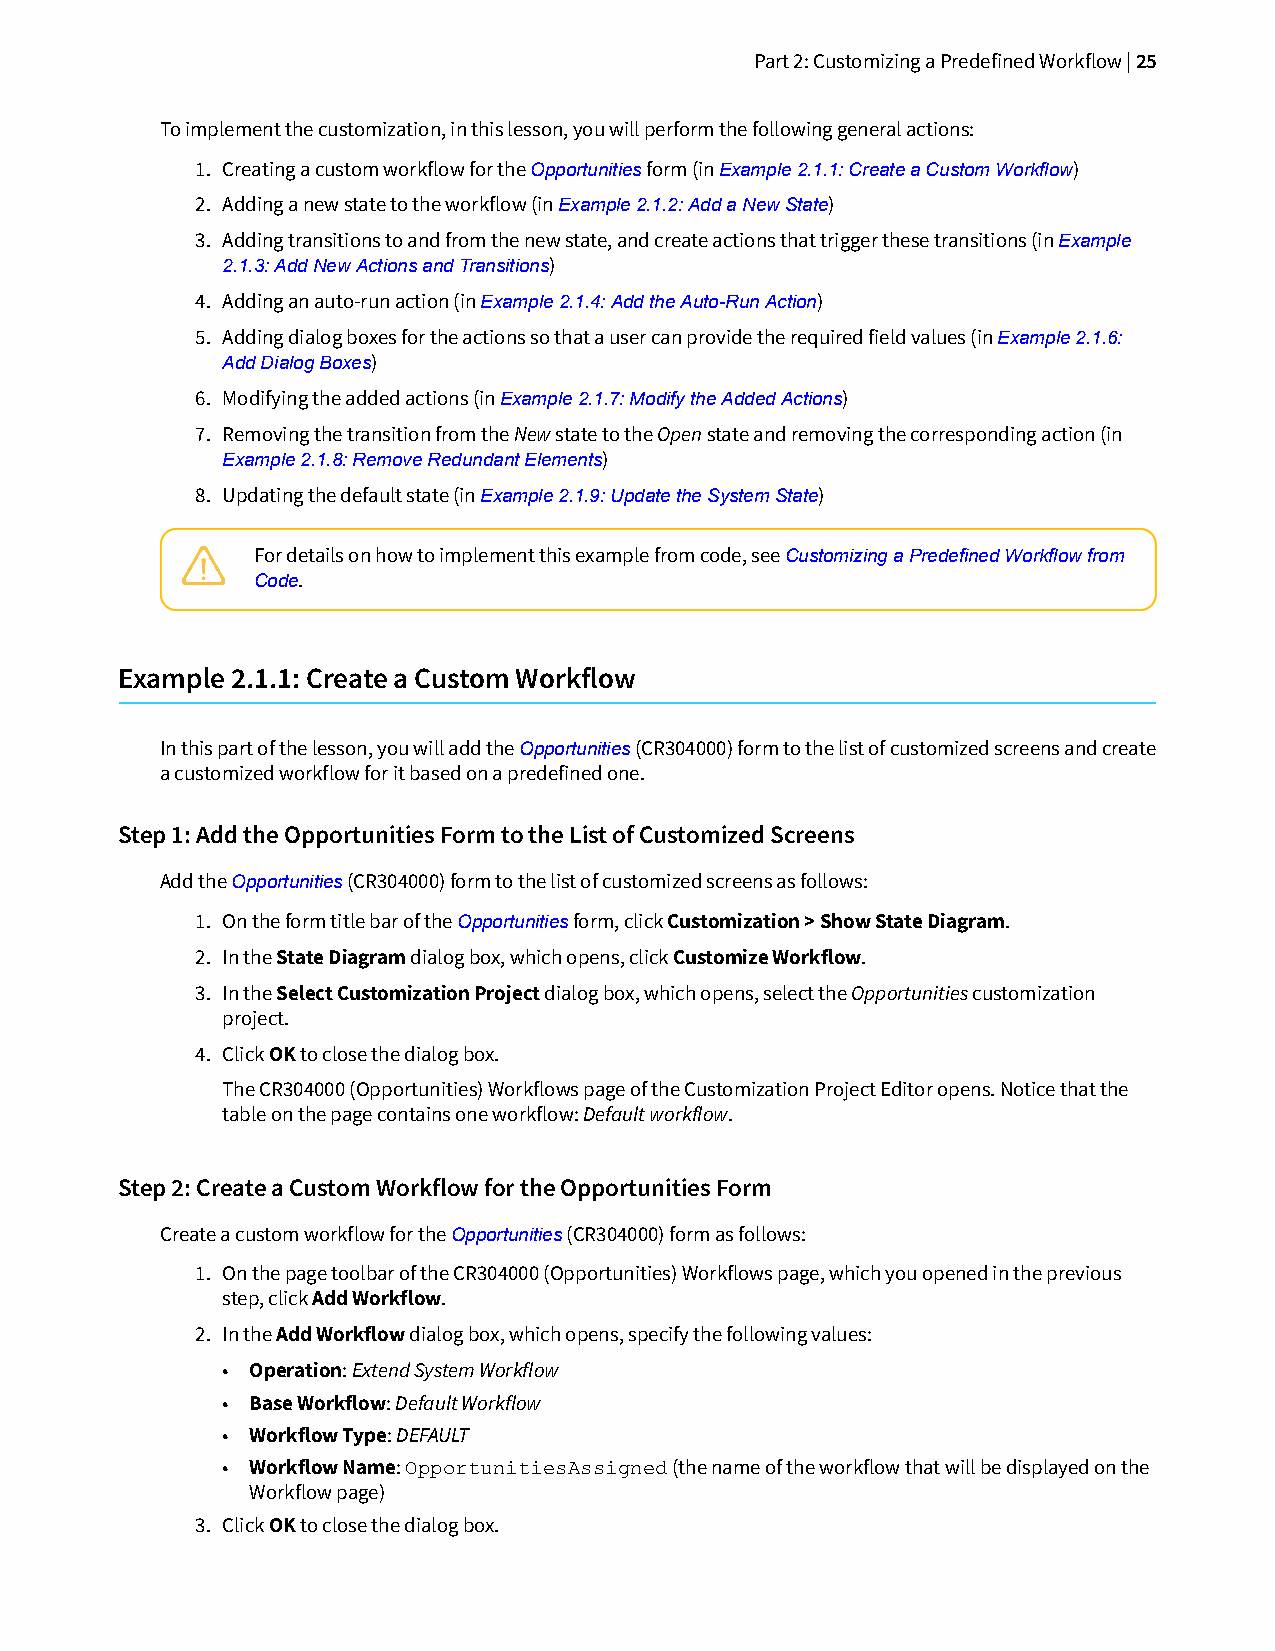
Part 2: Customizing a Predefined Workflow | 25
 To implement the customization, in this lesson, you will perform the following general actions:
 1. Creating a custom workflow for the Opportunities form (in Example 2.1.1: Create a Custom Workflow)
 2. Adding a new state to the workflow (in Example 2.1.2: Add a New State)
 3. Adding transitions to and from the new state, and create actions that trigger these transitions (in Example
 2.1.3: Add New Actions and Transitions)
 4. Adding an auto-run action (in Example 2.1.4: Add the Auto-Run Action)
 5. Adding dialog boxes for the actions so that a user can provide the required field values (in Example 2.1.6:
 Add Dialog Boxes)
 6. Modifying the added actions (in Example 2.1.7: Modify the Added Actions)
 7. Removing the transition from the New state to the Open state and removing the corresponding action (in
 Example 2.1.8: Remove Redundant Elements)
 8. Updating the default state (in Example 2.1.9: Update the System State)
 For details on how to implement this example from code, see Customizing a Predefined Workflow from
 Code.
 Example 2.1.1: Create a Custom Workflow
 In this part of the lesson, you will add the Opportunities (CR304000) form to the list of customized screens and create
 a customized workflow for it based on a predefined one.
 Step 1: Add the Opportunities Form to the List of Customized Screens
 Add the Opportunities (CR304000) form to the list of customized screens as follows:
 1. On the form title bar of the Opportunities form, click Customization > Show State Diagram.
 2. In the State Diagram dialog box, which opens, click Customize Workflow.
 3. In the Select Customization Project dialog box, which opens, select the Opportunities customization
 project.
 4. Click OK to close the dialog box.
 The CR304000 (Opportunities) Workflows page of the Customization Project Editor opens. Notice that the
 table on the page contains one workflow: Default workflow.
 Step 2: Create a Custom Workflow for the Opportunities Form
 Create a custom workflow for the Opportunities (CR304000) form as follows:
 1. On the page toolbar of the CR304000 (Opportunities) Workflows page, which you opened in the previous
 step, click Add Workflow.
 2. In the Add Workflow dialog box, which opens, specify the following values:
 • Operation: Extend System Workflow
 • Base Workflow: Default Workflow
 • Workflow Type: DEFAULT
 • Workflow Name:             (the name of the workflow that will be displayed on the
 OpportunitiesAssigned
 Workflow page)
 3. Click OK to close the dialog box.